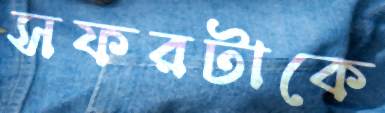
সফরটাকে